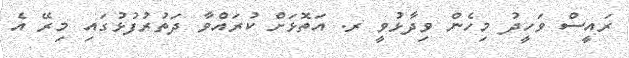
ރައީސް ވަހީދު މިހެން ވިދާޅުވީ ރ. އަތޮޅަށް ކުރައްވާ ދަތުރުފުޅުގައި މިރޭ އެ